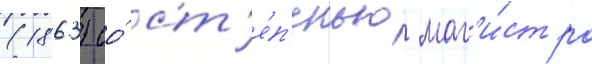
(1863) со́ ст'е́п'енью маг'и́стра